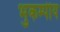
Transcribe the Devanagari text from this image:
भुकम्पीय